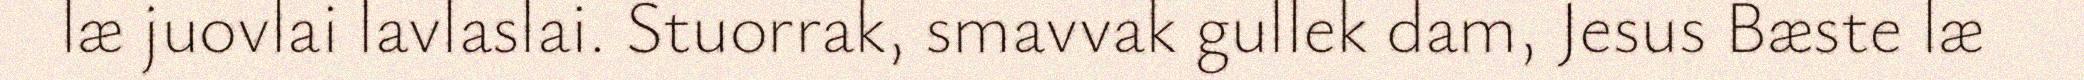
læ juovlai lavlaslai. Stuorrak, smavvak gullek dam, Jesus Bæste læ